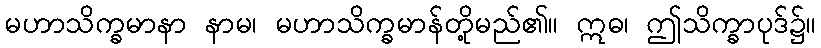
မဟာသိက္ခမာနာ နာမ၊ မဟာသိက္ခမာန်တို့မည်၏။ ဣဓ၊ ဤသိက္ခာပုဒ်၌။